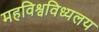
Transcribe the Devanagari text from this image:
महविश्वविध्यलय